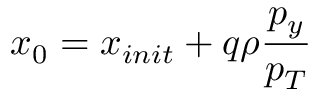
x _ { 0 } = x _ { i n i t } + q \rho \frac { p _ { y } } { p _ { T } }